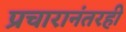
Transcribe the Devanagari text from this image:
प्रचारानंतरही